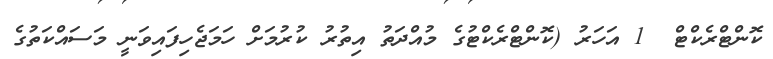
ކޮންޓްރެކްޓް  1 އަހަރު (ކޮންޓްރެކްޓުގެ މުއްދަތު އިތުރު ކުރުމަށް ހަމަޖެހިފައިވަނީ މަސައްކަތުގެ